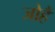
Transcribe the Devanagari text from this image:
जोहैं